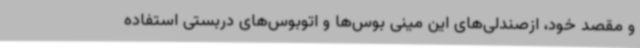
و مقصد خود، ازصندلی‌های این مینی بوس‌ها و اتوبوس‌های دربستی استفاده